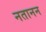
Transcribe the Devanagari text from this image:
नतानन